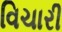
વિચારી